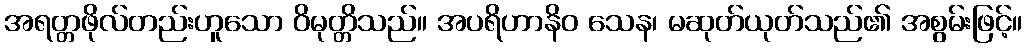
အရတ္တဖိုလ်တည်းဟူသော ဝိမုတ္တိသည်။ အပရိဟာနိဝ သေန၊ မဆုတ်ယုတ်သည်၏ အစွမ်းဖြင့်။